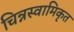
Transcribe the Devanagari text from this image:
चिन्नस्वामिकृत